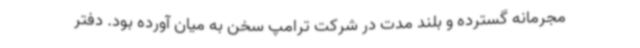
مجرمانه گسترده و بلند مدت در شرکت ترامپ سخن به میان آورده بود. دفتر